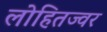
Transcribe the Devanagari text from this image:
लोहितज्वर